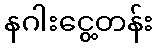
နဂါးငွေ့တန်း